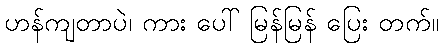
ဟန်ကျတာပဲ၊ ကား ပေါ် မြန်မြန် ပြေး တက်။